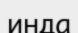
инда